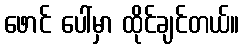
ဖောင် ပေါ်မှာ ထိုင်ချင်တယ်။